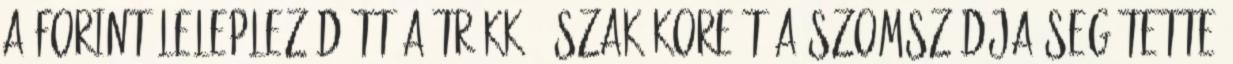
a forint Lelepleződött a trükk: Észak-Koreát a szomszédja segítette